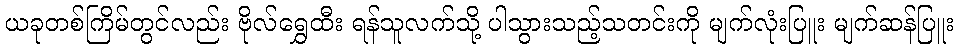
ယခုတစ်ကြိမ်တွင်လည်း ဗိုလ်ရွှေထီး ရန်သူလက်သို့ ပါသွားသည့်သတင်းကို မျက်လုံးပြူး မျက်ဆန်ပြူး